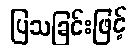
ပြသခြင်းဖြင့်